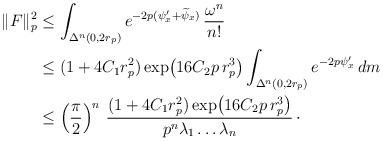
LaTeX: \begin{align*}\|F\|^2_p&\leq\int_{\Delta^n(0,2r_p)}e^{-2p(\psi_x^\prime+ \widetilde\psi_x)}\,\frac{\omega^n}{n!}\\&\leq (1+4C_1r^2_p)\exp\!\big(16C_2p\,r_p^3\big)\int_{\Delta^n(0,2r_p)}e^{-2p\psi^\prime_x}\,dm\\&\leq\left(\frac{\pi}{2}\right)^n\,\frac{(1+4C_1r_p^2)\exp\!\big(16C_2p\,r_p^3\big)}{p^n\lambda_1\ldots\lambda_n}\,\cdot\end{align*}